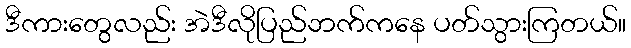
ဒီကားတွေလည်း အဲဒီလိုပြည်ဘက်ကနေ ပတ်သွားကြတယ်။